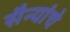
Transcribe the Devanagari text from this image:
सैन्यांचे